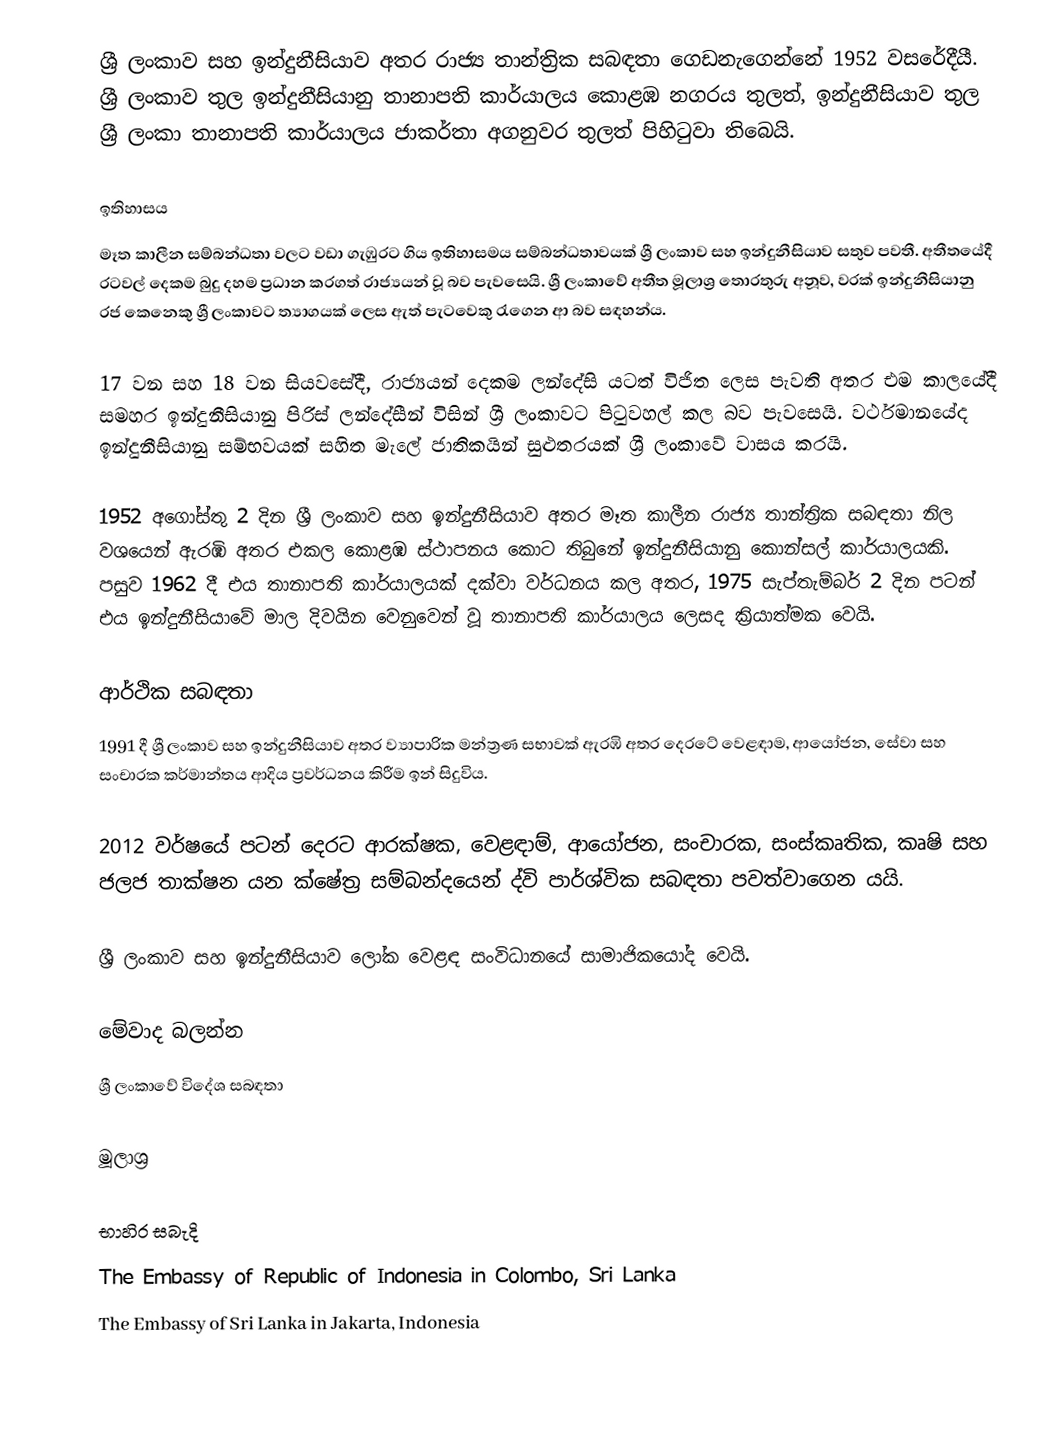
ශ්‍රී ලංකාව සහ ඉන්දුනීසියාව අතර රාජ්‍ය තාන්ත්‍රික සබඳතා ගෙඩනැගෙන්නේ 1952 වසරේදීයී. ශ්‍රී ලංකාව තුල ඉන්දුනීසියානු තානාපති කාර්යාලය කොළඹ නගරය තුලත්, ඉන්දුනීසියාව තුල ශ්‍රී ලංකා තානාපති කාර්යාලය ජාකර්තා අගනුවර තුලත් පිහිටුවා තිබෙයි.

ඉතිහාසය
මෑත කාලීන සම්බන්ධතා වලට වඩා ගැඹුරට ගිය ඉතිහාසමය සම්බන්ධතාවයක් ශ්‍රී ලංකාව සහ ඉන්දුනීසියාව සතුව පවතී. අතීතයේදී රටවල් දෙකම බුදු දහම ප්‍රධාන කරගත් රාජ්‍යයන් වූ බව පැවසෙයි. ශ්‍රී ලංකාවේ අතීත මූලාශ්‍ර තොරතුරු අනූව, වරක් ඉන්දුනීසියානු රජ කෙනෙකු ශ්‍රී ලංකාවට ත්‍යාගයක් ලෙස ඇත් පැටවෙකු රැගෙන ආ බව සඳහන්ය.

17 වන සහ 18 වන සියවසේදී, රාජ්‍යයන් දෙකම ලන්දේසි යටත් විජිත ලෙස පැවති අතර එම කාලයේදී සමහර ඉන්දුනීසියානු පිරිස් ලන්දේසීන් විසින් ශ්‍රී ලංකාවට පිටුවහල් කල බව පැවසෙයි. වර්ථමානයේද ඉන්දුනීසියානු සම්භවයක් සහිත මැලේ ජාතිකයින් සුළුතරයක් ශ්‍රී ලංකාවේ වාසය කරයි.

1952 අගෝස්තු 2 දින ශ්‍රී ලංකාව සහ ඉන්දුනීසියාව අතර මෑත කාලීන රාජ්‍ය තාන්ත්‍රික සබඳතා නිල වශයෙන් ඇරඹි අතර එකල කොළඹ ස්ථාපනය කොට තිබුනේ ඉන්දුනීසියානු කොන්සල් කාර්යාලයකි. පසුව 1962 දී එය තානාපති කාර්යාලයක් දක්වා වර්ධනය කල අතර, 1975 සැප්තැම්බර් 2 දින පටන් එය ඉන්දුනීසියාවේ මාල දිවයින වෙනුවෙන් වූ තානාපති කාර්යාලය ලෙසද ක්‍රියාත්මක වෙයි.

ආර්ථික සබඳතා
1991 දී ශ්‍රී ලංකාව සහ ඉන්දුනීසියාව අතර ව්‍යාපාරික මන්ත්‍රණ සභාවක් ඇරඹි අතර දෙරටේ වෙළඳාම, ආයෝජන, සේවා සහ සංචාරක කර්මාන්තය ආදිය ප්‍රවර්ධනය කිරීම ඉන් සිදුවිය.

2012 වර්ෂයේ පටන් දෙරට ආරක්ෂක, වෙළඳාම්, ආයෝජන, සංචාරක, සංස්කෘතික, කෘෂි සහ ජලජ තාක්ෂන යන ක්ෂේත්‍ර සම්බන්දයෙන් ද්වි පාර්ශ්වික සබඳතා පවත්වාගෙන යයි.

ශ්‍රී ලංකාව සහ ඉන්දුනීසියාව ලෝක වෙළඳ සංවිධානයේ සාමාජිකයෝද වෙයි.

මේවාද බලන්න
ශ්‍රී ලංකාවේ විදේශ සබඳතා

මූලාශ්‍ර

භාහිර සබැදි
The Embassy of Republic of Indonesia in Colombo, Sri Lanka
The Embassy of Sri Lanka in Jakarta, Indonesia